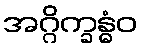
အဂ္ဂိက္ခန္ဓံဝ